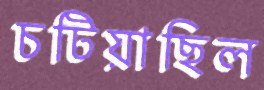
চটিয়াছিল